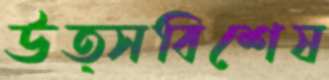
উত্সবিশেষ